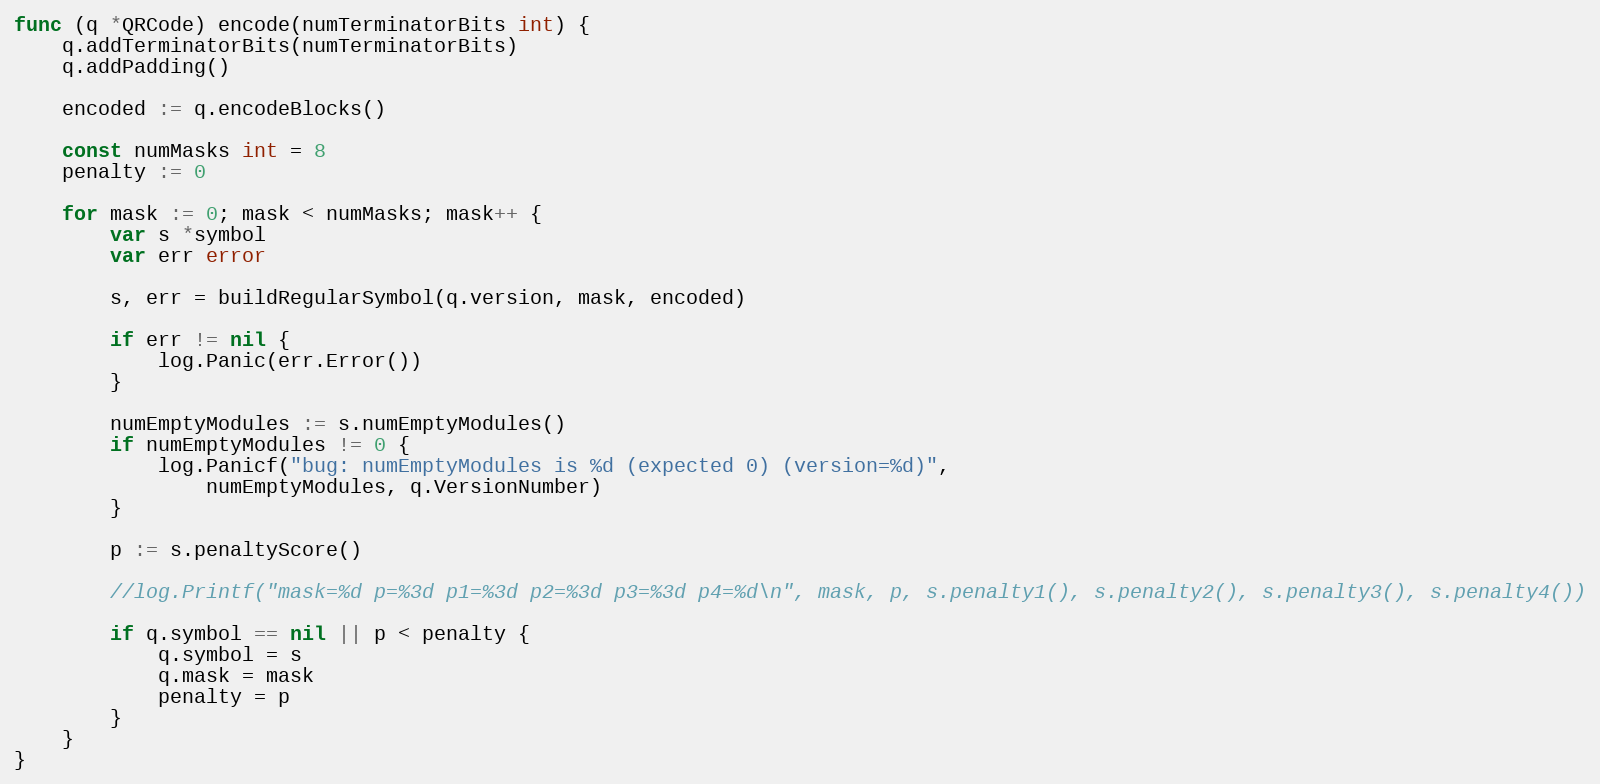
Language: Go
func (q *QRCode) encode(numTerminatorBits int) {
	q.addTerminatorBits(numTerminatorBits)
	q.addPadding()

	encoded := q.encodeBlocks()

	const numMasks int = 8
	penalty := 0

	for mask := 0; mask < numMasks; mask++ {
		var s *symbol
		var err error

		s, err = buildRegularSymbol(q.version, mask, encoded)

		if err != nil {
			log.Panic(err.Error())
		}

		numEmptyModules := s.numEmptyModules()
		if numEmptyModules != 0 {
			log.Panicf("bug: numEmptyModules is %d (expected 0) (version=%d)",
				numEmptyModules, q.VersionNumber)
		}

		p := s.penaltyScore()

		//log.Printf("mask=%d p=%3d p1=%3d p2=%3d p3=%3d p4=%d\n", mask, p, s.penalty1(), s.penalty2(), s.penalty3(), s.penalty4())

		if q.symbol == nil || p < penalty {
			q.symbol = s
			q.mask = mask
			penalty = p
		}
	}
}